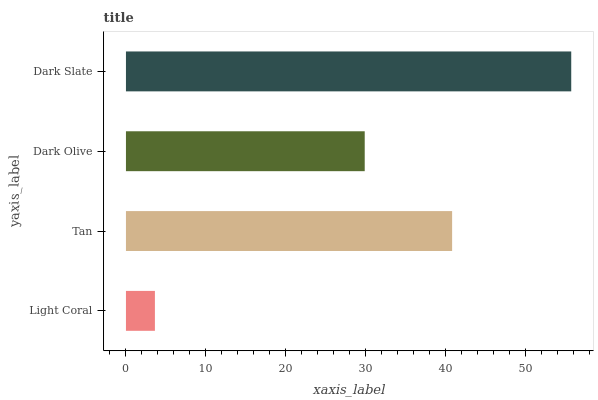
| yaxis_label | bars |
 | --- | --- |
 | Light Coral | 3.62 |
 | Tan | 40.8 |
 | Dark Olive | 29.9 |
 | Dark Slate | 55.7 |